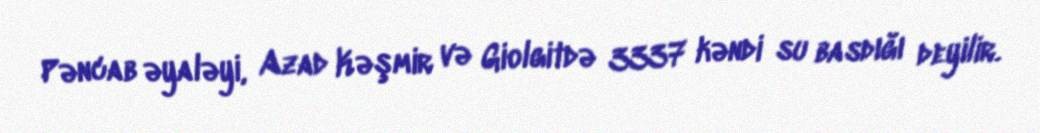
Pəncab əyaləyi, Azad Kəşmir və Giolgitdə 3337 kəndi su basdığı deyilir.